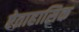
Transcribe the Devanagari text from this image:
ऐताहासिक